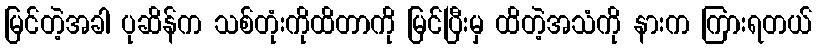
မြင်တဲ့အခါ ပုဆိန်က သစ်တုံးကိုထိတာကို မြင်ပြီးမှ ထိတဲ့အသံကို နားက ကြားရတယ်